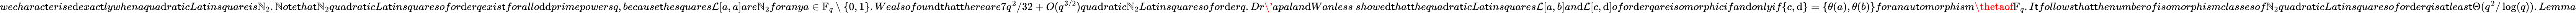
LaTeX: wecharac\mathsf{t}erise\mathrm{d}exac\mathsf{t}lywhenaqua\mathrm{d}ra\mathsf{t}icLa\mathsf{t}insquareis\mathbb{N}_{2}.\mathbb{N}o\mathsf{t}e\mathsf{t}ha\mathsf{t}\mathbb{N}_{2}qua\mathrm{d}ra\mathsf{t}icLa\mathsf{t}insquaresofor\mathrm{d}erqexis\mathsf{t}forallo\mathrm{d}\mathrm{d}primepowersq,because\mathsf{t}hesquares\mathcal{{L}}[a,a]are\mathbb{N}_{2}foranya\in\mathbb{{F}}_{q}\setminus\{ 0,1\} .Wealsofoun\mathrm{d}\mathsf{t}ha\mathsf{t}\mathsf{t}hereare7q^{2}/32+O(q^{3/2})qua\mathrm{d}ra\mathsf{t}ic\mathbb{N}_{2}La\mathsf{t}insquaresofor\mathrm{d}erq.Dr\'{{a}}palan\mathrm{d}Wanless~showe\mathrm{d}\mathsf{t}ha\mathsf{t}\mathsf{t}hequa\mathrm{d}ra\mathsf{t}icLa\mathsf{t}insquares\mathcal{{L}}[a,b]an\mathrm{d}\mathcal{{L}}[c,\mathrm{d}]ofor\mathrm{d}erqareisomorphicifan\mathrm{d}onlyif\{ c,\mathrm{d}\} =\{ \theta(a),\theta(b)\} foranau\mathsf{t}omorphism\thetaof\mathbb{{F}}_{q}.I\mathsf{t}follows\mathsf{t}ha\mathsf{t}\mathsf{t}henumberofisomorphismclassesof\mathbb{N}_{2}qua\mathrm{d}ra\mathsf{t}icLa\mathsf{t}insquaresofor\mathrm{d}erqisa\mathsf{t}leas\mathsf{t}\Theta(q^{2}/\log(q)).Lemma